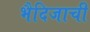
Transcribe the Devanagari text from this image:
भैदिजाची